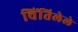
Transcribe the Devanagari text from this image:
चिंतिलेले